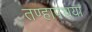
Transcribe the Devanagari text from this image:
तण्हापच्चया